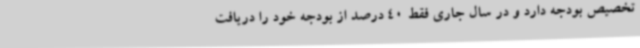
تخصیص بودجه دارد و در سال جاری فقط 40 درصد از بودجه خود را دریافت